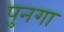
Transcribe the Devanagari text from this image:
पुनगा